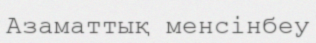
Азаматтық менсінбеу